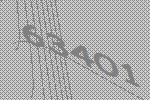
63401